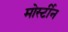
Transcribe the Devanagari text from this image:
मोर्स्टीन